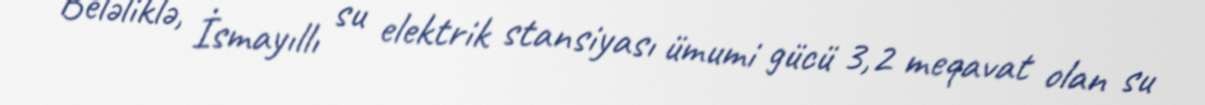
Beləliklə, İsmayıllı su elektrik stansiyası ümumi gücü 3,2 meqavat olan su